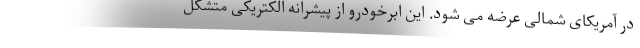
در آمریکای شمالی عرضه می شود. این ابرخودرو از پیشرانه الکتریکی متشکل